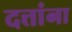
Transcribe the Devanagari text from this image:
दत्तांना